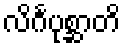
လိင်္ဂပုစ္ဆာတိ